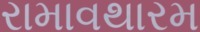
રામાવથારમ